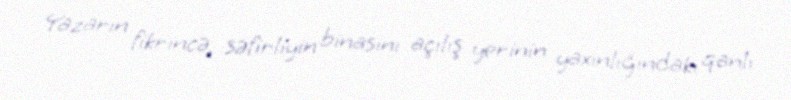
Yazarın fikrincə, səfirliyin binasını açılış yerinin yaxınlığındakı qanlı